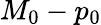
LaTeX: M_{0}-p_{0}